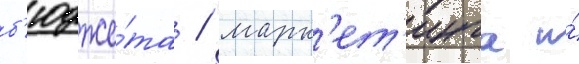
б'юдже́та / марк'ет'инга и́